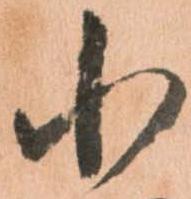
小